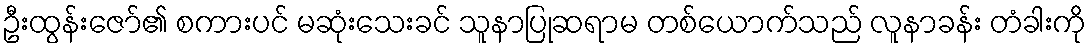
ဦးထွန်းဇော်၏ စကားပင် မဆုံးသေးခင် သူနာပြုဆရာမ တစ်ယောက်သည် လူနာခန်း တံခါးကို